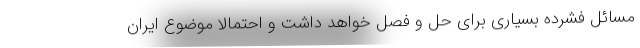
مسائل فشرده بسیاری برای حل و فصل خواهد داشت و احتمالا موضوع ایران